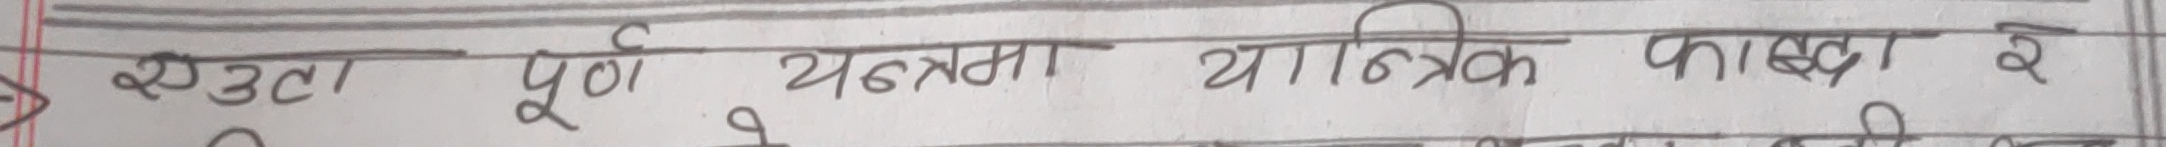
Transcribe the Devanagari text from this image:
खुला पूर्ण यंत्रणा यांत्रिक फावड़ा रे